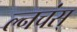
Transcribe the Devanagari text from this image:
ल्नचंस्